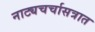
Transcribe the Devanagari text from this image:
नाट्यचर्चासत्रात